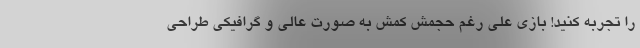
را تجربه کنید! بازی علی رغم حجمش کمش به صورت عالی و گرافیکی طراحی